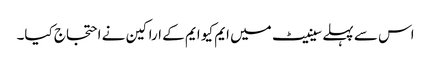
اس سے پہلے سینیٹ میں ایم کیو ایم کے اراکین نے احتجاج کیا۔